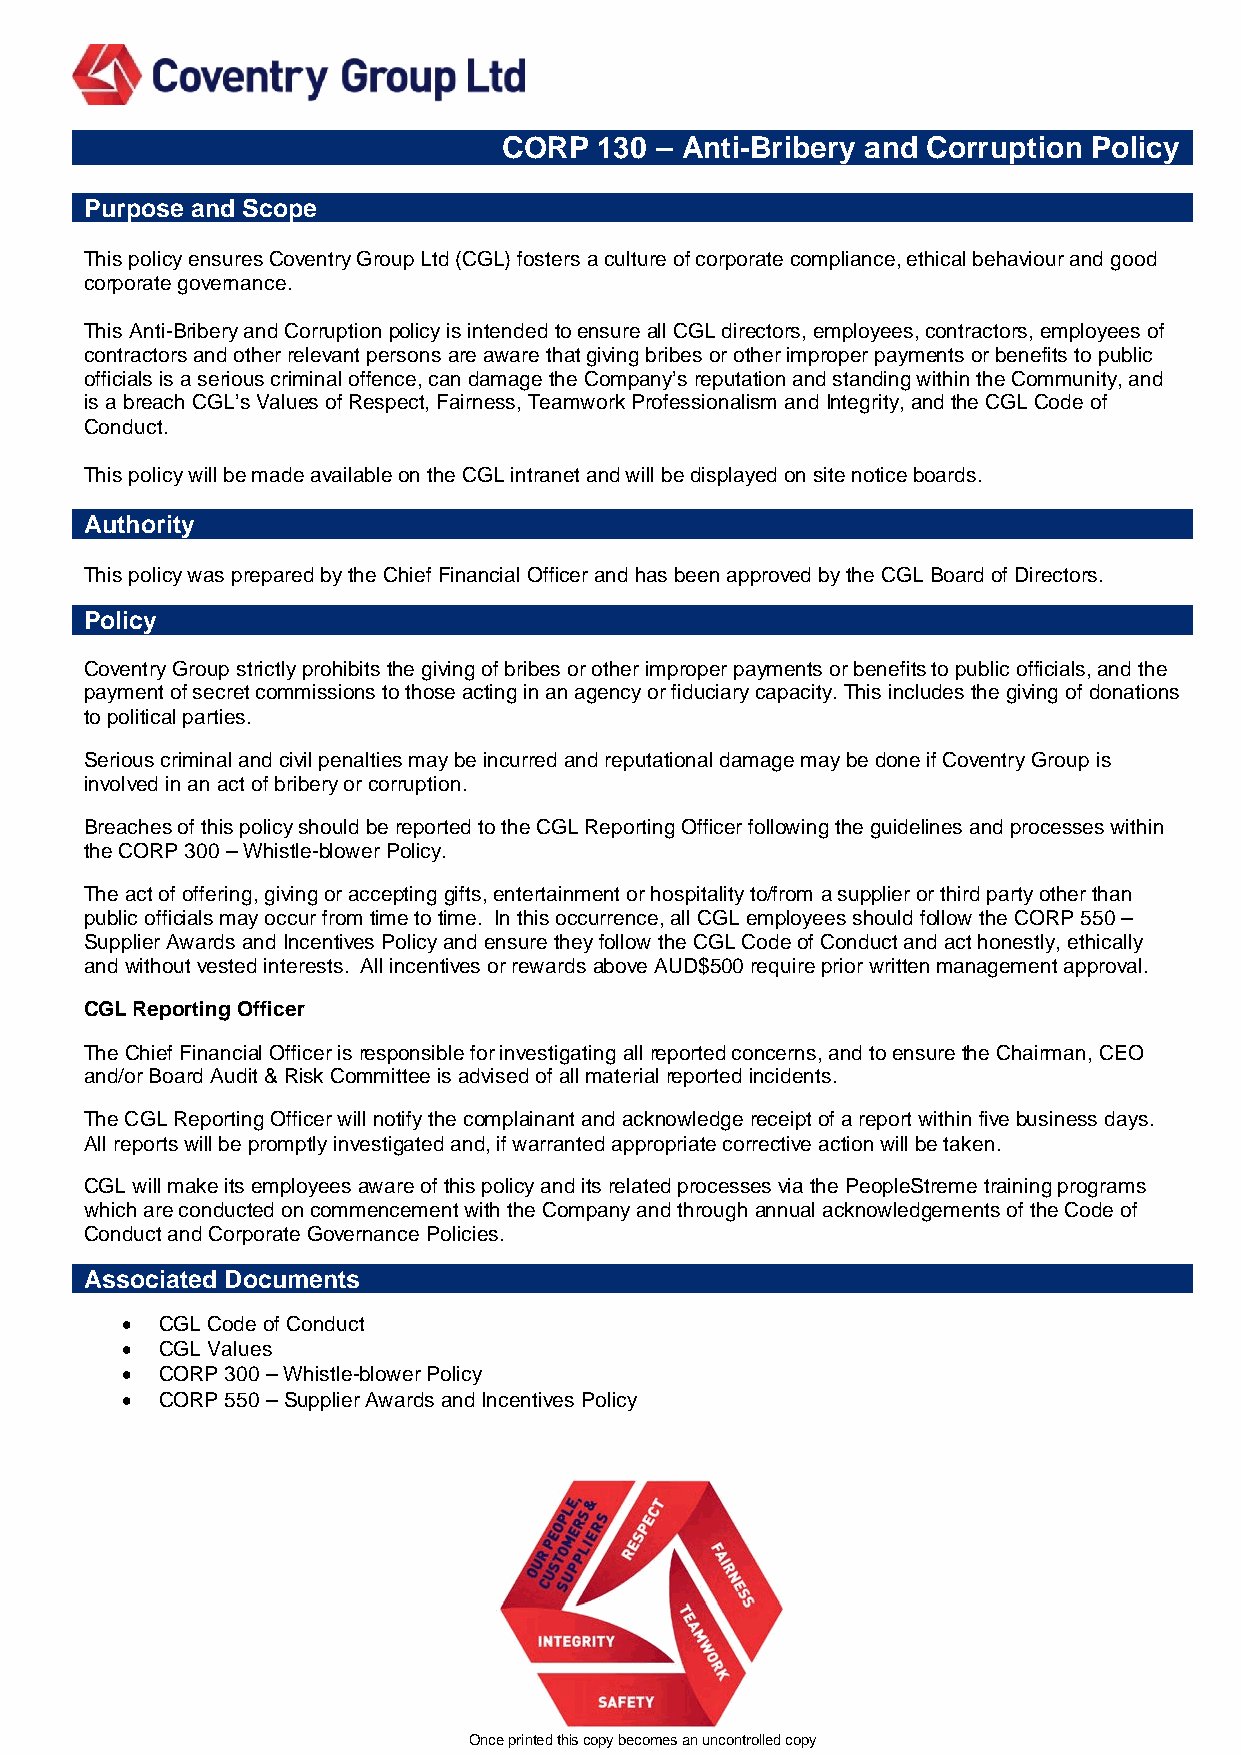
CORP   130 – Anti-Bribery and Corruption Policy
 Purpose and Scope
 This policy ensures Coventry Group Ltd (CGL) fosters a culture of corporate compliance, ethical behaviour and good
 corporate governance.
 This Anti-Bribery and Corruption policy is intended to ensure all CGL directors, employees, contractors, employees of
 contractors and other relevant persons are aware that giving bribes or other improper payments or benefits to public
 officials is a serious criminal offence, can damage the Company’s reputation and standing within the Community, and
 is a breach CGL’s Values of Respect, Fairness, Teamwork Professionalism and Integrity, and the CGL Code of
 Conduct.
 This policy will be made available on the CGL intranet and will be displayed on site notice boards.
 Authority
 This policy was prepared by the Chief Financial Officer and has been approved by the CGL Board of Directors.
 Policy
 Coventry Group strictly prohibits the giving of bribes or other improper payments or benefits to public officials, and the
 payment of secret commissions to those acting in an agency or fiduciary capacity. This includes the giving of donations
 to political parties.
 Serious criminal and civil penalties may be incurred and reputational damage may be done if Coventry Group is
 involved in an act of bribery or corruption.
 Breaches of this policy should be reported to the CGL Reporting Officer following the guidelines and processes within
 the CORP 300 – Whistle-blower Policy.
 The act of offering, giving or accepting gifts, entertainment or hospitality to/from a supplier or third party other than
 public officials may occur from time to time. In this occurrence, all CGL employees should follow the CORP 550 –
 Supplier Awards and Incentives Policy and ensure they follow the CGL Code of Conduct and act honestly, ethically
 and without vested interests. All incentives or rewards above AUD$500 require prior written management approval.
 CGL Reporting Officer
 The Chief Financial Officer is responsible for investigating all reported concerns, and to ensure the Chairman, CEO
 and/or Board Audit & Risk Committee is advised of all material reported incidents.
 The CGL Reporting Officer will notify the complainant and acknowledge receipt of a report within five business days.
 All reports will be promptly investigated and, if warranted appropriate corrective action will be taken.
 CGL will make its employees aware of this policy and its related processes via the PeopleStreme training programs
 which are conducted on commencement with the Company and through annual acknowledgements of the Code of
 Conduct and Corporate Governance Policies.
 Associated Documents
 •  CGL Code of Conduct
 •  CGL Values
 •  CORP 300 – Whistle-blower Policy
 •  CORP 550 – Supplier Awards and Incentives Policy
 Once printed this copy becomes an uncontrolled copy